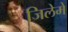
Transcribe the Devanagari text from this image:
जिलेमे